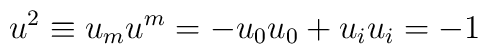
u^2\equiv u_mu^m=-u_0u_0+u_iu_i=-1